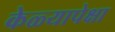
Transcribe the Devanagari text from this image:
केळ्यापेक्षा